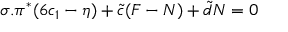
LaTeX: \sigma . \pi ^ { * } ( 6 c _ { 1 } - \eta ) + { \tilde { c } } ( F - N ) + { \tilde { d } } N = 0